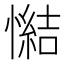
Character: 𢢂